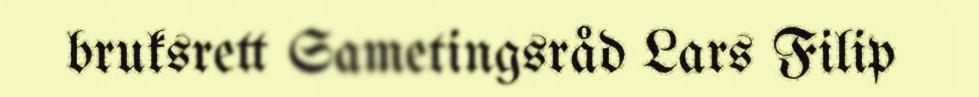
bruksrett Sametingsråd Lars Filip